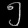
Digit: ၅